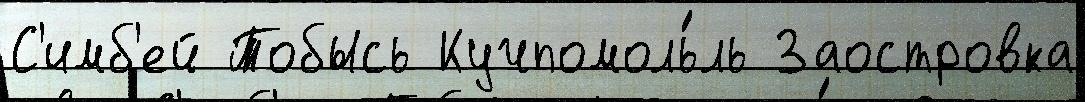
С'имб'ей Тобысь Кучпомоль́ль Заостровка